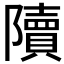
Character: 𨽍